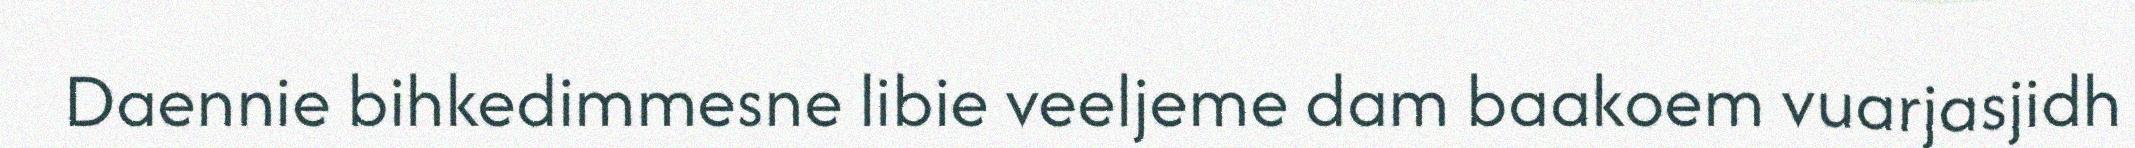
Daennie bihkedimmesne libie veeljeme dam baakoem vuarjasjidh